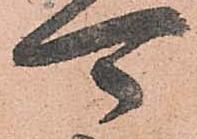
可